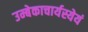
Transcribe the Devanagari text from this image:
उम्बेकाचार्यस्येयं